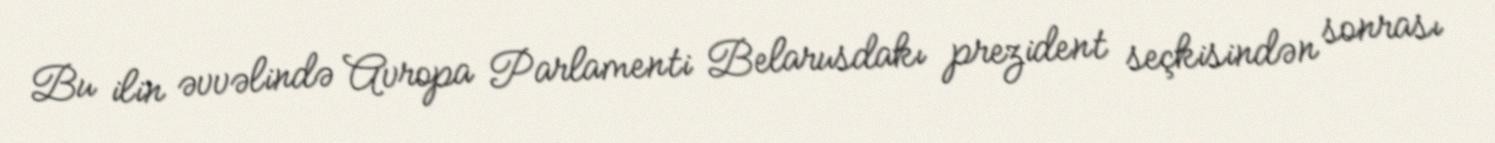
Bu ilin əvvəlində Avropa Parlamenti Belarusdakı prezident seçkisindən sonrası